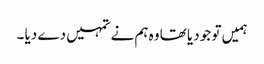
ہمیں تو جو دیا تھا وہ ہم نے تمہیں دے دیا ۔